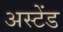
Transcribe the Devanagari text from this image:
अस्टेंड